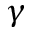
\gamma